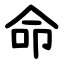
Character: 命